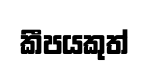
කීපයකුත්